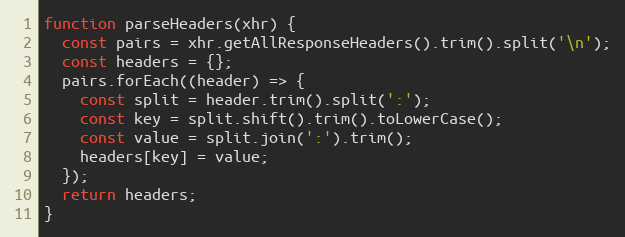
Language: JavaScript
function parseHeaders(xhr) {
  const pairs = xhr.getAllResponseHeaders().trim().split('\n');
  const headers = {};
  pairs.forEach((header) => {
    const split = header.trim().split(':');
    const key = split.shift().trim().toLowerCase();
    const value = split.join(':').trim();
    headers[key] = value;
  });
  return headers;
}